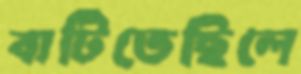
বাটিতেছিলে